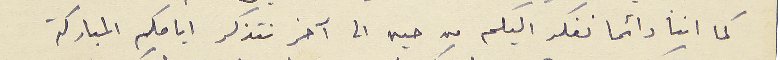
كما اننا دائما نفكر اليكم من حين الى آخر نتذكر ايامكم المباركة